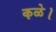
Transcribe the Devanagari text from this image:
कळे।